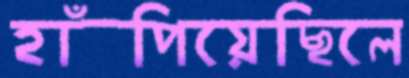
হাঁপিয়েছিলে